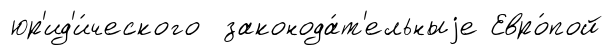
юр'ид'и́ческого законода́т'ельныjе Евро́пой